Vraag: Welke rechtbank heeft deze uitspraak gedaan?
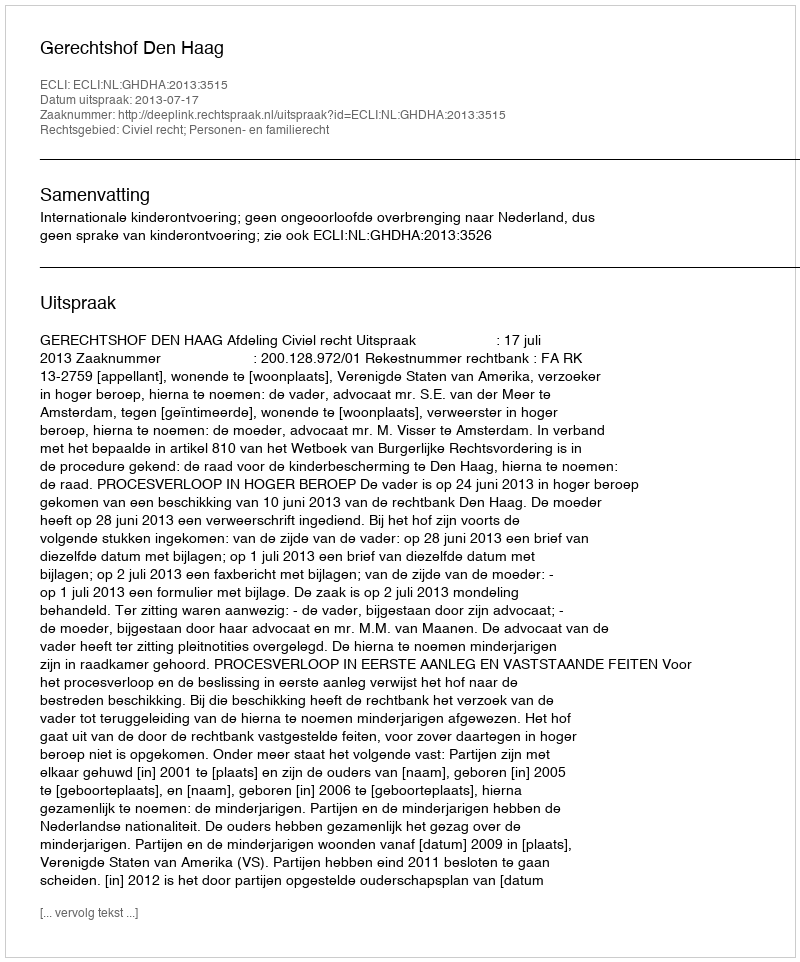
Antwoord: Gerechtshof Den Haag